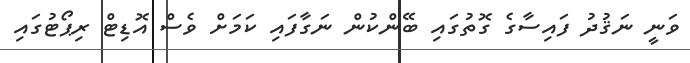
ވަނީ ނަޤުދު ފައިސާގެ ގޮތުގައި ބޭންކުން ނަގާފައި ކަމަށް ވެސް އޮޑިޓް ރިޕޯޓުގައި